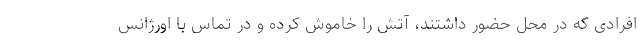
افرادی که در محل حضور داشتند، آتش را خاموش کرده و در تماس با اورژانس